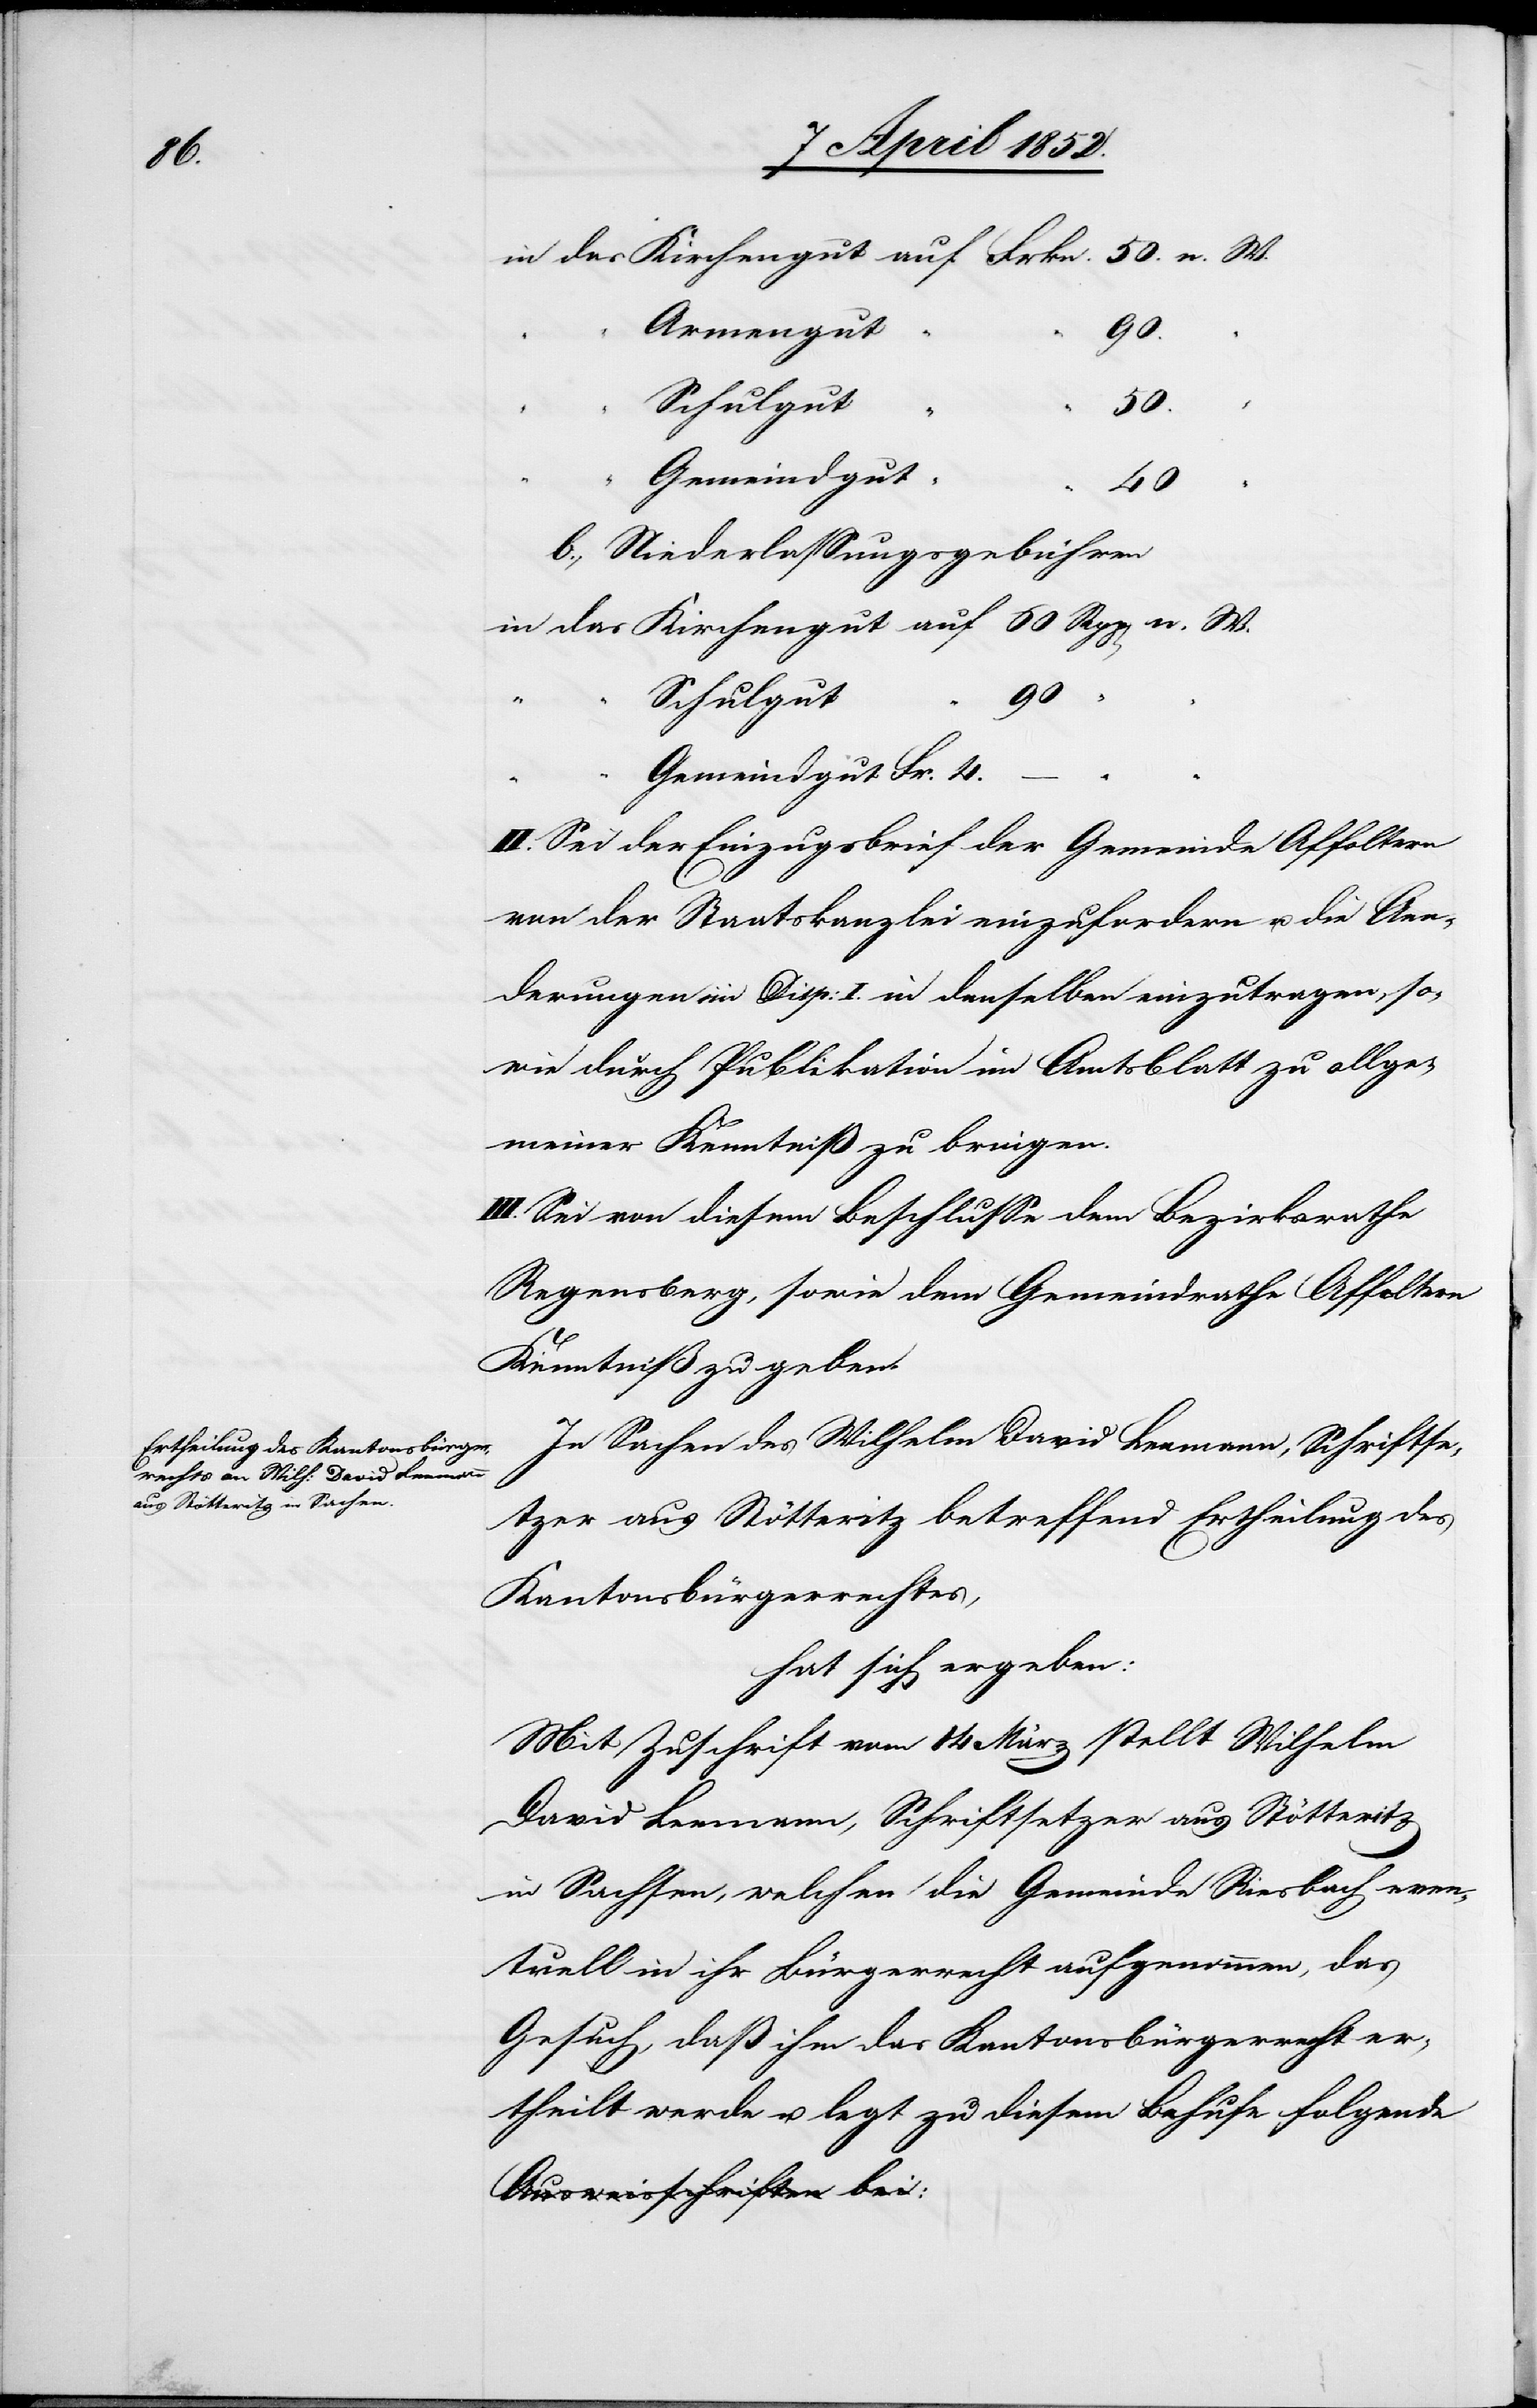
4.

Armengut
90
Schulgut
Gemeindgut
“
40
b., Niederlassungsgebühren
60
n.
Schulgut
“
II. Sei der Einzugsbrief der Gemeinde Affoltern
von der Staatskanzlei einzufordern u. die Aen¬
derungen im Disp: I. in denselben einzutragen, so¬
wie durch Publikation im Amtsblatt zu allge¬
meiner Kenntniß zu bringen.
III. Sei von diesem Beschlusse dem Bezirksrathe
Regensberg, sowie dem Gemeindrathe Affoltern
Kenntniß zu geben.
In Sachen des Wilhelm David Leemann, Schriftse¬
tzer aus Stötteritz betreffend Ertheilung des
Kantonsbürgerrechtes,
hat sich ergeben:
Mit Zuschrift vom 14 März stellt Wilhelm
David Leemann, Schriftsetzer aus Stötteritz
in Sachsen, welchen die Gemeinde Riesbach even¬
tuell in ihr Bürgerrecht aufgenommen, das
Gesuch, daß ihm das Kantonsbürgerrecht er¬
theilt werde u. legt zu diesem Behufe folgende